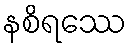
နစိရဿေ